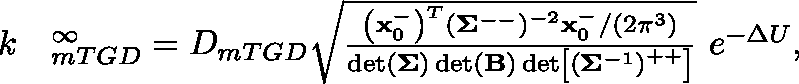
\begin{array} { r l } { k } & { { } ^ \infty _ { m T G D } = D _ { m T G D } \sqrt { \frac { \left( \mathbf { x } _ { 0 } ^ { - } \right) ^ { T } \left( \mathbf { \Sigma } ^ { -- } \right) ^ { - 2 } \mathbf { x } _ { 0 } ^ { - } / ( 2 \pi ^ { 3 } ) } { \operatorname* { d e t } ( \mathbf { \Sigma } ) \operatorname* { d e t } ( \mathbf { B } ) \operatorname* { d e t } \left[ \left( { \mathbf { \Sigma } } ^ { - 1 } \right) ^ { + + } \right] } } \ e ^ { - \Delta U } , } \end{array}